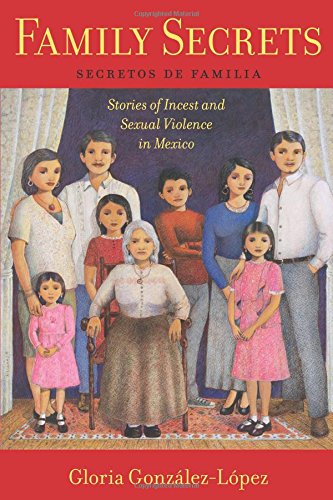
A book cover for Family Secrets: Stories of Incest and Sexual Violence in Mexico (Latina/o Sociology); Gloria GonzÃ¡lez-LÃ³pez; History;